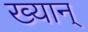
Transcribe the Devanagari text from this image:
ख्यान्